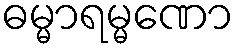
ဓမ္မာရမ္မဏော